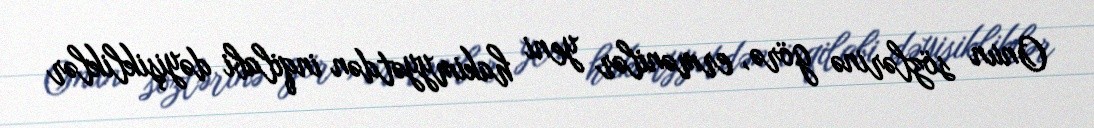
Onun sözlərinə görə, ermənilər yeni hakimyyətdən inqilabi dəyişikliklər